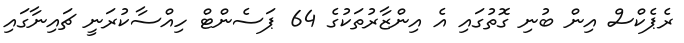
ރެޕެކްސް އިން ބުނި ގޮތުގައި އެ އިންޒާރުތަކުގެ 64 ޕަސެންޓް ހިއްސާކުރަނީ ޗައިނާގައި